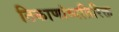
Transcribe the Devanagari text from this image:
ठिकाणांव्यतिरिक्त